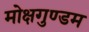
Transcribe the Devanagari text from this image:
मोक्षगुण्डम